Sketch of the medical history of the native army of Bombay, for the year
Year: 1872
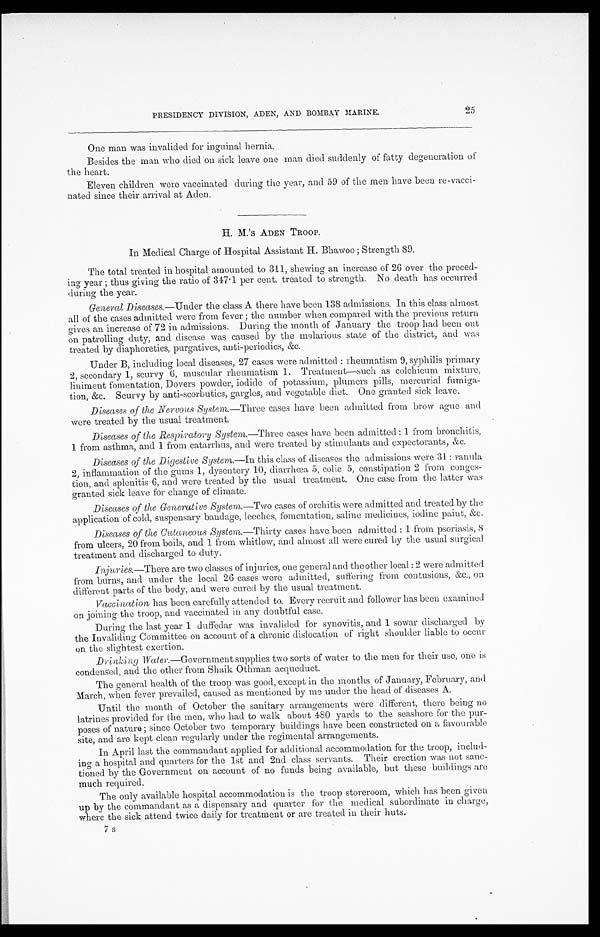
PRESIDENCY DIVISION, ADEN, AND BOMBAY MARINE.
25
One man was invalided for inguinal hernia.
Besides the man who died on sick leave one man died suddenly of fatty degeneration of
the heart.
Eleven children were vaccinated during the year, and 59 of the men have been re-vacci-
nated since their arrival at Aden.
H. M.'S ADEN TROOP.
In Medical Charge of Hospital Assistant H. Bhawoo; Strength 89.
The total treated in hospital amounted to 311, shewing an increase of 26 over the preced-
ing year ; thus giving the ratio of 347.1 per cent. treated to strength. No death has occurred
during the year.
General Diseases.—Under the class A there have been 138 admissions. In this class almost
all of the cases admitted were from fever; the number when compared with the previous return
gives an increase of 72 in admissions. During the month of January the troop had been out
on patrolling duty, and disease was caused by the malarious state of the district, and was
treated by diaphoretics, purgatives, anti-periodics, &c.
Under B, including local diseases, 27 cases were admitted: rheumatism 9, syphilis primary
2, secondary 1, scurvy 6, muscular rheumatism 1. Treatment—such as colchicum mixture,
liniment fomentation, Dovers powder, iodide of potassium, plumers pills, mercurial fumiga
- t i o n , & c . S c u r v y b y a n t i - s c o r b u t i c s , g a r g l e s , a n d v e g e t a b l e d i e t . O n e g r a n t e d s i c k l e a v e .
Diseases of the Nervous System. —Three cases have been admitted from brow ague and
were treated by the usual treatment.
Diseases of the Respiratory System.—Three cases have been admitted: 1. from bronchitis,
1 from asthma, and 1 from catarrhus, and were treated by stimulants and expectorants, &c.
Diseases of the Digestive System.—In this class of diseases the admissions were 31: ranula
2, inflammation of the gums 1, dysentery 10, diarrhœa 5, colic 5, constipation 2 from conges-
tion, and splenitis 6, and were treated by the usual treatment. One case from the latter was
granted sick leave for change of climate.
Diseases of the Generative System—Two cases of or chi t i s wer e admi t t ed and t r eat ed by t he
application of cold, suspensary bandage, leeches, fomentation, saline medicines, iodine paint, &c.
Diseases of the Cutaneous System. —Thirty cases have been admitted: 1 from psoriasis,8
from ulcers, 20 from boils, and 1 from whitlow, and almost all were cured by the usual surgical
treatment and discharged to duty.
Injuries.—There are two classes of injuries, one general and the other local: 2 were admitted
from burns, and under the local 26 cases were admitted, suffering from contusions, &c., on.
different parts of the body, and were cured by the usual treatment.
Vaccination has been carefully attended to. Every recruit and follower has been examined
on joining the troop, and vaccinated in any doubtful case.
During the last year 1 duffedar was invalided for synovitis, and 1 sowar discharged by
the Invaliding Committee on account of a chronic dislocation of right shoulder liable to occur
on the slightest exertion.
Drinking Water .—Government supplies two sorts of water to the men for their use, one is
condensed, and the other from Shaik Othman acqueduct.
The general health of the troop was good, except in the months of January, February, an
d March, when fever prevailed, caused as mentioned by me under the head of diseases A.
Until the month of October the sanitary arranements were different, there being no
latrines provided for the men, who had to walk about 480 yards to the seashore for the pur-
poses of nature; since October two temporary buildings have been constructed on a favourable
site, and are kept clean regularly under the regimental arrangements.
In April last the commandant applied for additional accommodation for the troop, includ-
ing a hospital and quarters for the 1st and 2nd class servants. Their erection was not sanc-
tioned by the Government on account of no funds being available, but these buildings are
much required.
The only available hospital accommodation is the troop storeroom, which has been given
up by the commandant as a dispensary and quarter for the medical subordinate in charge,
where the sick attend twice daily for treatment or are treated in their huts.
7s